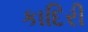
કાદિરી